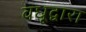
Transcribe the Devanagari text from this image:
वधूद्वारा